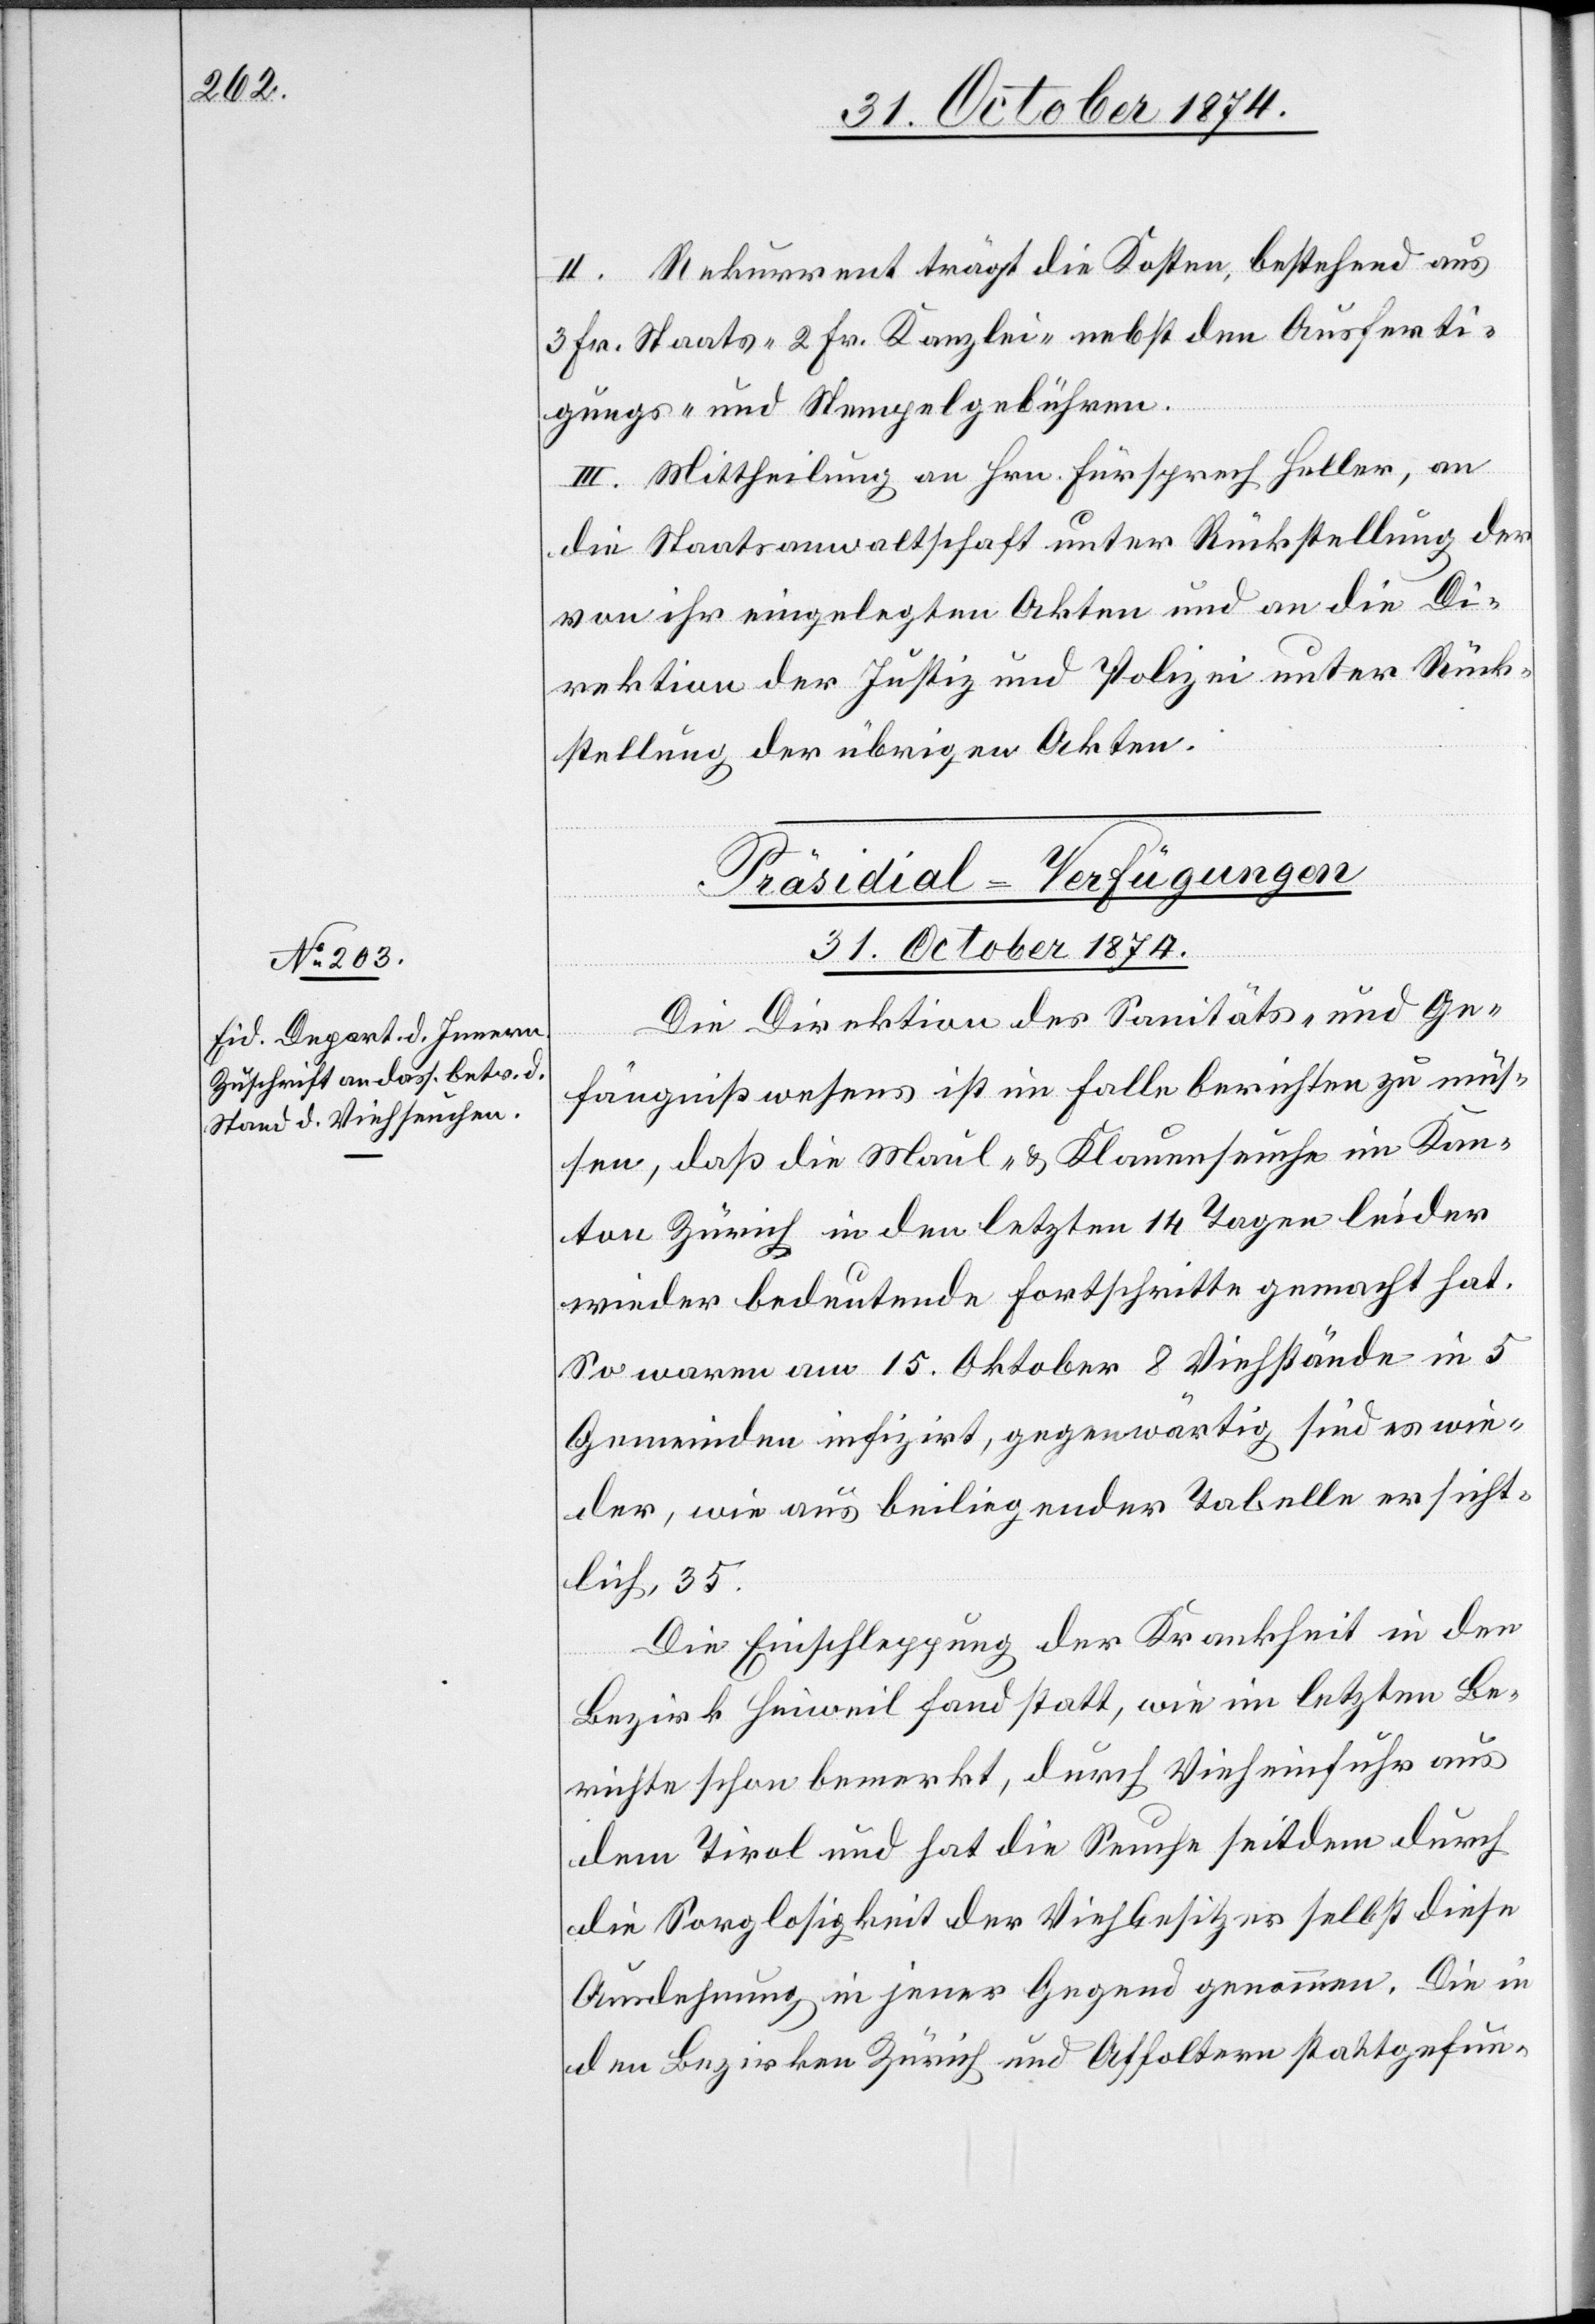
31. October 1874.
II. Rekurrent trägt die Kosten, bestehend aus
3 Fr. Staats-[,] 2 Fr. Kanzlei- nebst den Ausferti¬
gungs- und Stempelgebühren.
III. Mittheilung an Hrn. Fürsprech Heller, an
die Staatsanwaltschaft unter Rückstellung der
von ihr eingelegten Akten und an die Di¬
rektion der Justiz und Polizei unter Rück¬
stellung der übrigen Akten.
Präsidial-Verfügungen
Die Direktion des Sanitäts- und Ge¬
fängnißwesens ist im Falle berichten zu müs¬
sen, daß die Maul- & Klauenseuche im Kan¬
ton Zürich in den letzten 14 Tagen leider
wieder bedeutende Fortschritte gemacht hat.
So waren am 15. Oktober 8 Viehstände in 5
Gemeinden infizirt, gegenwärtig sind es wie¬
der, wie aus beiliegender Tabelle ersicht¬
lich, 35.
Die Einschleppung der Krankheit in den
Bezirk Hinweil fand statt, wie im letzten Be¬
richte schon bemerkt, durch Vieheinfuhr aus
dem Tirol und hat die Seuche seitdem durch
die Sorglosigkeit der Viehbesitzer selbst diese
Ausdehnung in jener Gegend genommen. Die in
den Bezirken Zürich und Affoltern stattgefun-